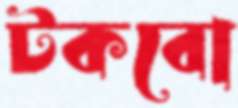
টকবো